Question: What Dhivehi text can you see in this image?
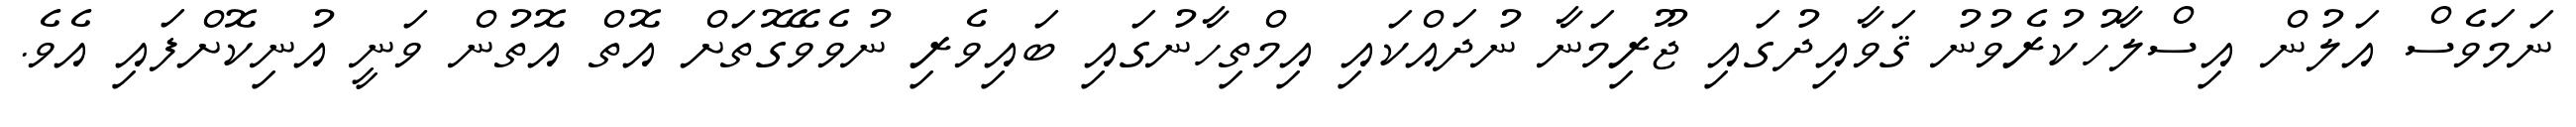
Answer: ނަމަވެސް އަލުން އިސްލާހުކުރެވުނު ޤަވާއިދުގައި ޖޫރިމަނާ ނުދައްކައި އިމްތިހާނުގައި ބައިވެރި ނުވެވޭގޮތަށް އޮތް އޮތުން ވަނީ އުނިކޮށްފައި އެވެ.